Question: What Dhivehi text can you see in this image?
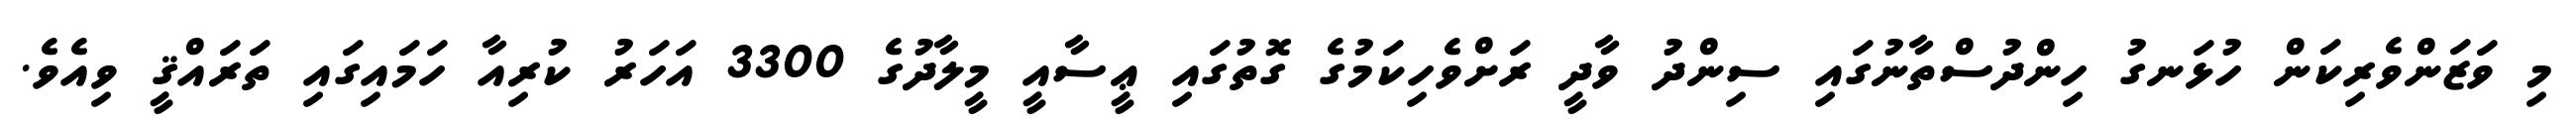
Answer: މި ވަޒަންވެރިކަން ހުޅަނގު ހިންދުސްތާނުގައި ސިންދު ވާދީ ރަށްވެހިކަމުގެ ގޮތުގައި ޢީސާއީ މީލާދުގެ 3300 އަހަރު ކުރިއާ ހަމައިގައި ތަރައްޤީ ވިއެވެ.